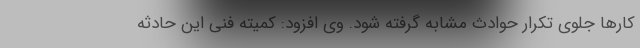
کارها جلوی تکرار حوادث مشابه گرفته شود. وی افزود: کمیته فنی این حادثه